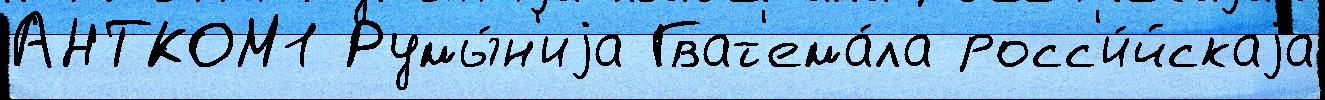
АНТКОМ1 Румы́н'иjа Гват'ема́ла росс'и́йскаjа